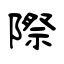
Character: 際